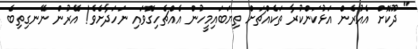
" ދޫކޮށް އެއުރެން އަޅުކަންކުރާ ތަކެއްޗަށް ތިޔަބައިމީހުން އެއްޗެހިގޮވައި ނަހަދާށެވެ! އޭރުން ނޭނގިތިބެ